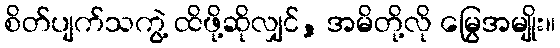
စိတ်ပျက်သကွဲ့ ထိဖို့ဆိုလျှင်, အမိတို့လို မြွေအမျိုး။